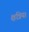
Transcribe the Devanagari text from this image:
क्षत्रिय।